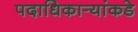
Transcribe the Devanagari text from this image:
पदाधिकार्‍यांकडे